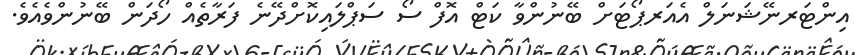
އިންޓަރނޭޝަނަލް އެއަރޕޯޓަށް ބޭނުންވާ ކަޓް އޮފް ސޯ ސަޕްލައިކޮށްދޭނެ ފަރާތެއް ހޯދަން ބޭނުންވެއެވެ.